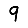
Digit: 9